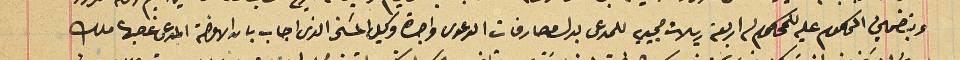
وبتضمين المحكوم عليه للمحكوم له اربعة ريالات مجيديه للمدعى بدل مصارفات الدعوى واجرة وكيل المسَخر الذى اجاب بان الاوضة المدعى غصبها ملك